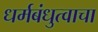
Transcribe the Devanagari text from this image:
धर्मबंधुत्वाचा